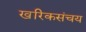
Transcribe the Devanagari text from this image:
खरिकसंचय